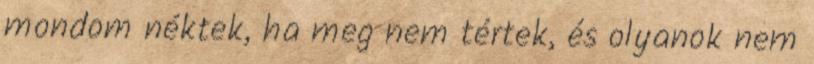
mondom néktek, ha meg nem tértek, és olyanok nem